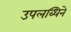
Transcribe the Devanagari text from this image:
उपलब्धिने